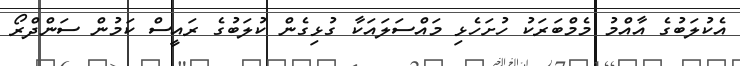
އެކުލަބުގެ އާއްމު މެމްބަރަކު ހުށަހެޅި މައްސަލައަކާ ގުޅިގެން ކުލަބުގެ ރައީސް ކަމުން ސަންދްރޯ